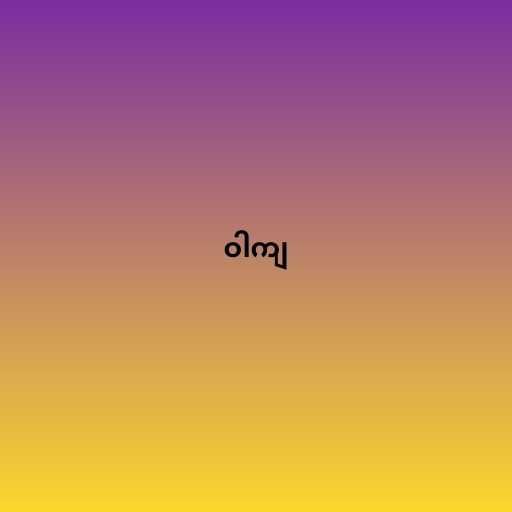
ဝါကျ